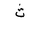
Letter: _tha